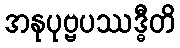
အနုပုဗ္ဗပဿဒ္ဓီတိ